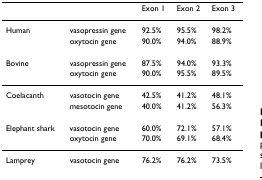
<table><thead><tr><td></td><td></td><td><b>Exon 1</b></td><td><b>Exon 2</b></td><td><b>Exon 3</b></td></tr></thead><tbody><tr><td>Human</td><td>vasopressin gene</td><td>92.5%</td><td>95.5%</td><td>98.2%</td></tr><tr><td></td><td>oxytocin gene</td><td>90.0%</td><td>94.0%</td><td>88.9%</td></tr><tr><td>Bovine</td><td>vasopressin gene</td><td>87.5%</td><td>94.0%</td><td>93.3%</td></tr><tr><td></td><td>oxytocin gene</td><td>90.0%</td><td>95.5%</td><td>89.5%</td></tr><tr><td>Coelacanth</td><td>vasotocin gene</td><td>42.5%</td><td>41.2%</td><td>48.1%</td></tr><tr><td></td><td>mesotocin gene</td><td>40.0%</td><td>41.2%</td><td>56.3%</td></tr><tr><td>Elephant shark</td><td>vasotocin gene</td><td>60.0%</td><td>72.1%</td><td>57.1%</td></tr><tr><td></td><td>oxytocin gene</td><td>70.0%</td><td>69.1%</td><td>68.4%</td></tr><tr><td>Lamprey</td><td>vasotocin gene</td><td>76.2%</td><td>76.2%</td><td>73.5%</td></tr></tbody></table>